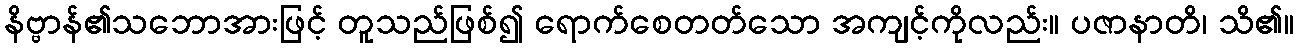
နိဗ္ဗာန်၏သဘောအားဖြင့် တူသည်ဖြစ်၍ ရောက်စေတတ်သော အကျင့်ကိုလည်း။ ပဇာနာတိ၊ သိ၏။